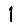
Digit: 1